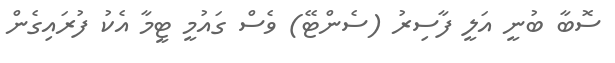
ސޮބާ ބުނީ އަލީ ފާސިރު (ސެންޓޭ) ވެސް ގައުމީ ޓީމާ އެކު ފުރައިގެން